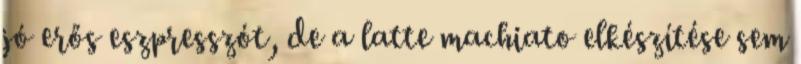
jó erős eszpresszót, de a latte machiato elkészítése sem